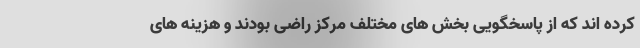
کرده اند که از پاسخگویی بخش های مختلف مرکز راضی بودند و هزینه های